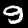
Label: 9